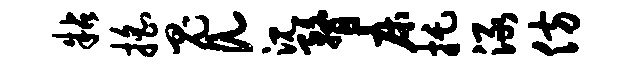
粘摇鬼a沉瞀床托渌仿